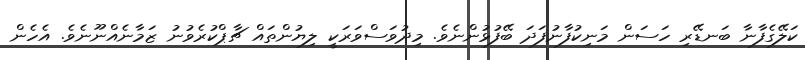
ކަލޭގެފާނާ ބަނޑޭރި ހަސަން މަނިކުފާނުފަދަ ބޭފުޅުންނެވެ. މިދުވަސްވަރަކީ ލިޔުންތައް ޗާޕްކުރެވުނު ޒަމާނެއްނޫނެވެ. އެހެން